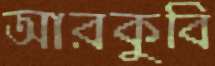
আরকুবি